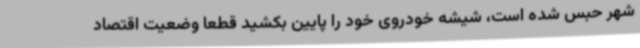
شهر حبس شده است، شیشه خودروی خود را پایین بکشید قطعا وضعیت اقتصاد